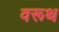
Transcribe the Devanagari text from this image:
वरूथ